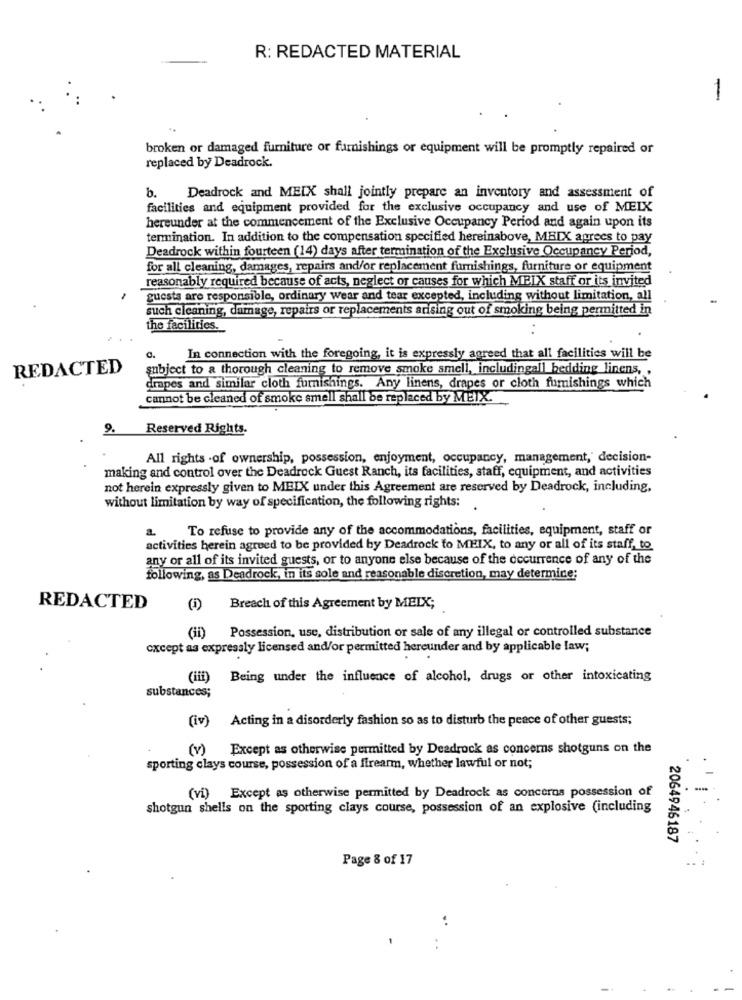
R: REDACTED MATERIAL
1
broken or damaged furniture or furnishings or equipment will be promptly repaired or
replaced by Deadrock.
b. Deadrock and MEIX shall jointly prepare an inventory and assessment of
facilities and equipment provided for the exclusive occupancy and use of MEIX
hereunder at the commencement of the Exclusive Occupancy Period and again upon its
termination. In addition to the compensation specified hereinabove, MBIX agrees to pay
Deadrock within fourteen (14) days after termination of the Exclusive Occupancy Period,
for all cleaning, damages, repairs and/or replacement furnishings, furniture or equipment
reasonably required because of acts, neglect or causes for which MPIX staff or its invited
guests are responsible, ordinary wear and tear excepted, including without limitation, all
such cleaning, damage, repairs or replacements arising out of smoking being permitted in
the facilities.
0.
In connection with the foregoing, it is expressly agreed that all facilities will be
REDACTED
subject to a thorough cleaning to remove smoke smell, includingall bedding linens, .
drapes and similar cloth furnishings. Any linens, drapes or cloth furnishings which
cannot be cleaned of smoke smell shall be replaced by MEIX.
9.
Reserved Rights.
All rights .of ownership, possession, enjoyment, occupancy, management,' decision-
making and control over the Deadrock Guest Ranch, its facilities, staff, equipment, and activities
not herein expressly given to MEIX under this Agreement are reserved by Deadrock, including,
without limitation by way of specification, the following rights:
a. To refuse to provide any of the accommodations, facilities, equipment, staff or
activities herein agreed to be provided by Deadrock to MEIX, to any or all of its staff, to.
any or all of its invited guests, or to anyone else because of the occurrence of any of the
following, as Deadrock, in its sole and reasonable discretion, may determine;
REDACTED
Breach of this Agreement by MEIX;
(ii) Possession, use, distribution or sale of any illegal or controlled substance
except as expressly licensed and/or permitted hereunder and by applicable law;
(iii) Being under the influence of alcohol, drugs or other intoxicating
substances;
(iv) Acting in a disorderly fashion so as to disturb the peace of other guests;
(v) Except as otherwise permitted by Deadrock as concerns shotguns on the
sporting clays course, possession of a firearm, whether lawful or not;
(vi) Except as otherwise permitted by Deadrock as concerns possession of
shotgun shells on the sporting clays course, possession of an explosive (including
2064946187
Page 8 of 17